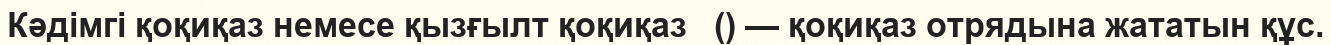
Кәдімгі қоқиқаз немесе қызғылт қоқиқаз   () — қоқиқаз отрядына жататын құс.